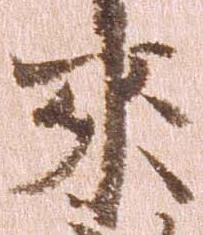
来